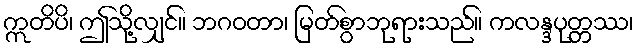
ဣတိပိ၊ ဤသို့လျှင်။ ဘဂဝတာ၊ မြတ်စွာဘုရားသည်။ ကလန္ဒပုတ္တဿ၊